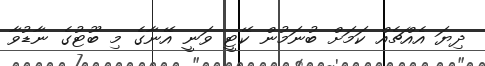
ދިޔަ އެއްޗެއް ކަމަށް ބުނަމުން ކޭޓީ ވަނީ އޭނާގެ މި ބޫޓުގެ ނާޑުވާ